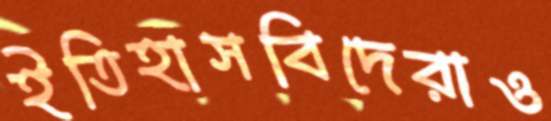
ইতিহাসবিদেরাও